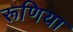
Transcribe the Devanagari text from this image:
रूणिया